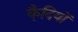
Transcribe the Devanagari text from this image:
कै़दियों